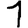
Digit: 1